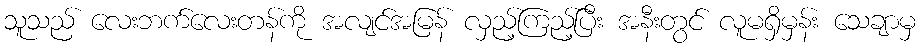
သူသည် လေးဘက်လေးတန်ကို အလျင်အမြန် လှည့်ကြည့်ပြီး အနီးတွင် လူမရှိမှန်း သေချာမှ